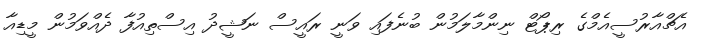
އެޗްއާރުސީއެމްގެ ރިޕޯޓް ނިންމާލަމުން ބުނެފައި ވަނީ ރައީސް ނަޝީދު އިސްތިއުފާ ދެއްވަމުން މީޑިއާ